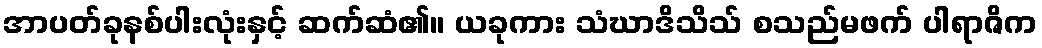
အာပတ်ခုနစ်ပါးလုံးနှင့် ဆက်ဆံ၏။ ယခုကား သံဃာဒိသိသ် စသည်မဖက် ပါရာဇိက